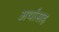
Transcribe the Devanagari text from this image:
अर्थासह